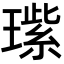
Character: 𬎏